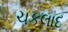
ચકલાદ